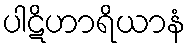
ပါဋိဟာရိယာနံ